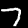
Label: 7